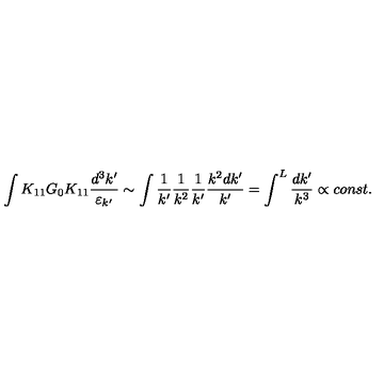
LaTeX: \int K _ { 1 1 } G _ { 0 } K _ { 1 1 } \frac { d ^ { 3 } k ^ { \prime } } { \varepsilon _ { k ^ { \prime } } } \sim \int \frac { 1 } { k ^ { \prime } } \frac { 1 } { k ^ { 2 } } \frac { 1 } { k ^ { \prime } } \frac { k ^ { 2 } d k ^ { \prime } } { k ^ { \prime } } = \int ^ { L } \frac { d k ^ { \prime } } { k ^ { 3 } } \propto c o n s t .